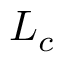
\b { L _ { c } }